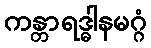
ကန္တာရဒ္ဓါနမဂ္ဂံ